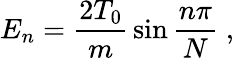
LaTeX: E_{n}={\frac{2T_{0}}{m}}\sin{\frac{n\pi}{N}}\; ,